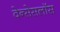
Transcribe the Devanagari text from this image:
वेन्सेसलॉस